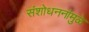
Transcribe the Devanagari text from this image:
संशोधननांमुळे